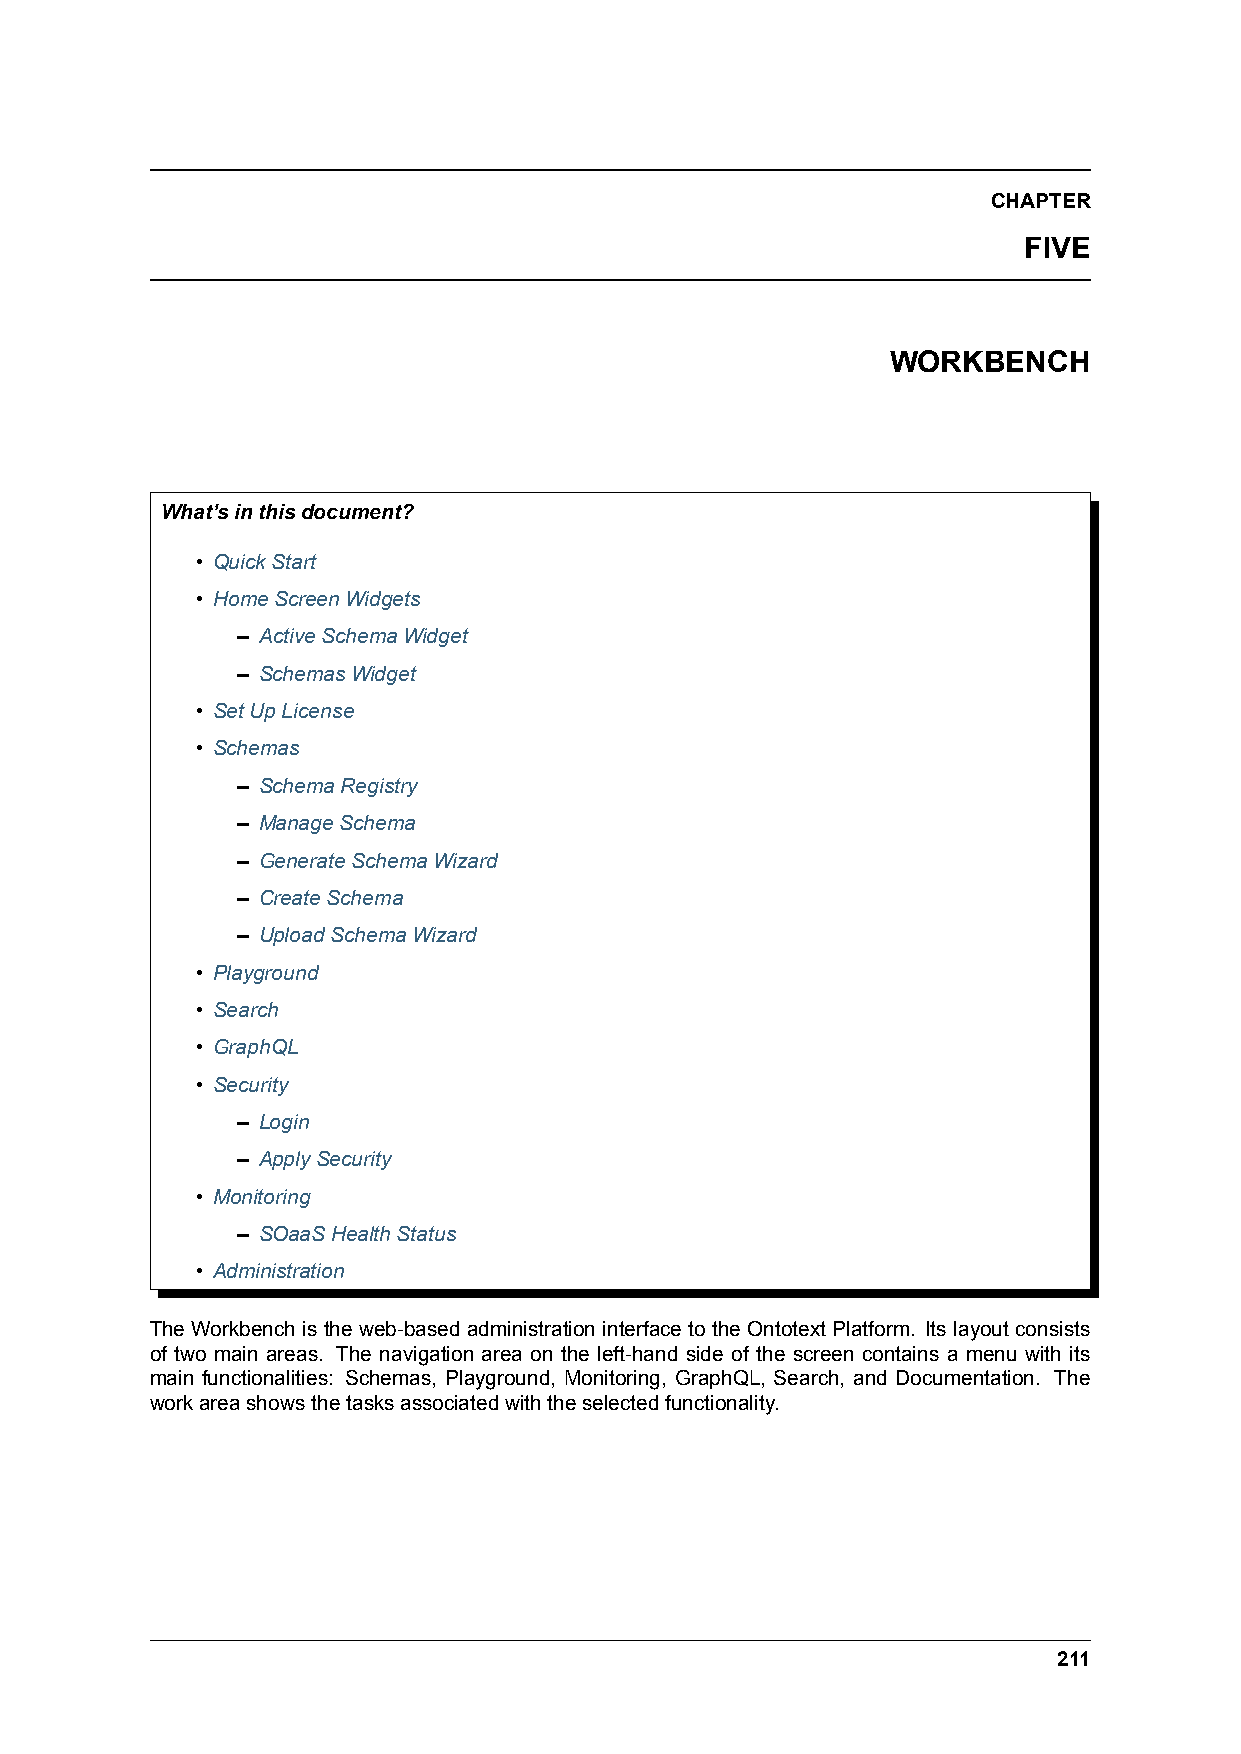
CHAPTER
 FIVE
 WORKBENCH
 What’sinthisdocument?
 • QuickStart
 • HomeScreenWidgets
 – ActiveSchemaWidget
 – SchemasWidget
 • SetUpLicense
 • Schemas
 – SchemaRegistry
 – ManageSchema
 – GenerateSchemaWizard
 – CreateSchema
 – UploadSchemaWizard
 • Playground
 • Search
 • GraphQL
 • Security
 – Login
 – ApplySecurity
 • Monitoring
 – SOaaSHealthStatus
 • Administration
 The Workbench is the web-based administration interface to the Ontotext Platform. Its layout consists
 of two main areas. The navigation area on the left-hand side of the screen contains a menu with its
 main functionalities: Schemas, Playground, Monitoring, GraphQL, Search, and Documentation. The
 workareashowsthetasksassociatedwiththeselectedfunctionality.
 211